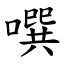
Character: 噀